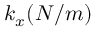
k _ { x } ( N / m )